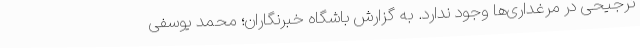
ترجیحی در مرغداری‌ها وجود ندارد. به گزارش باشگاه خبرنگاران؛ محمد یوسفی